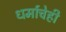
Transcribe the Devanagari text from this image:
धर्माचेही